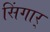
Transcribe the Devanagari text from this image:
सिंगार्